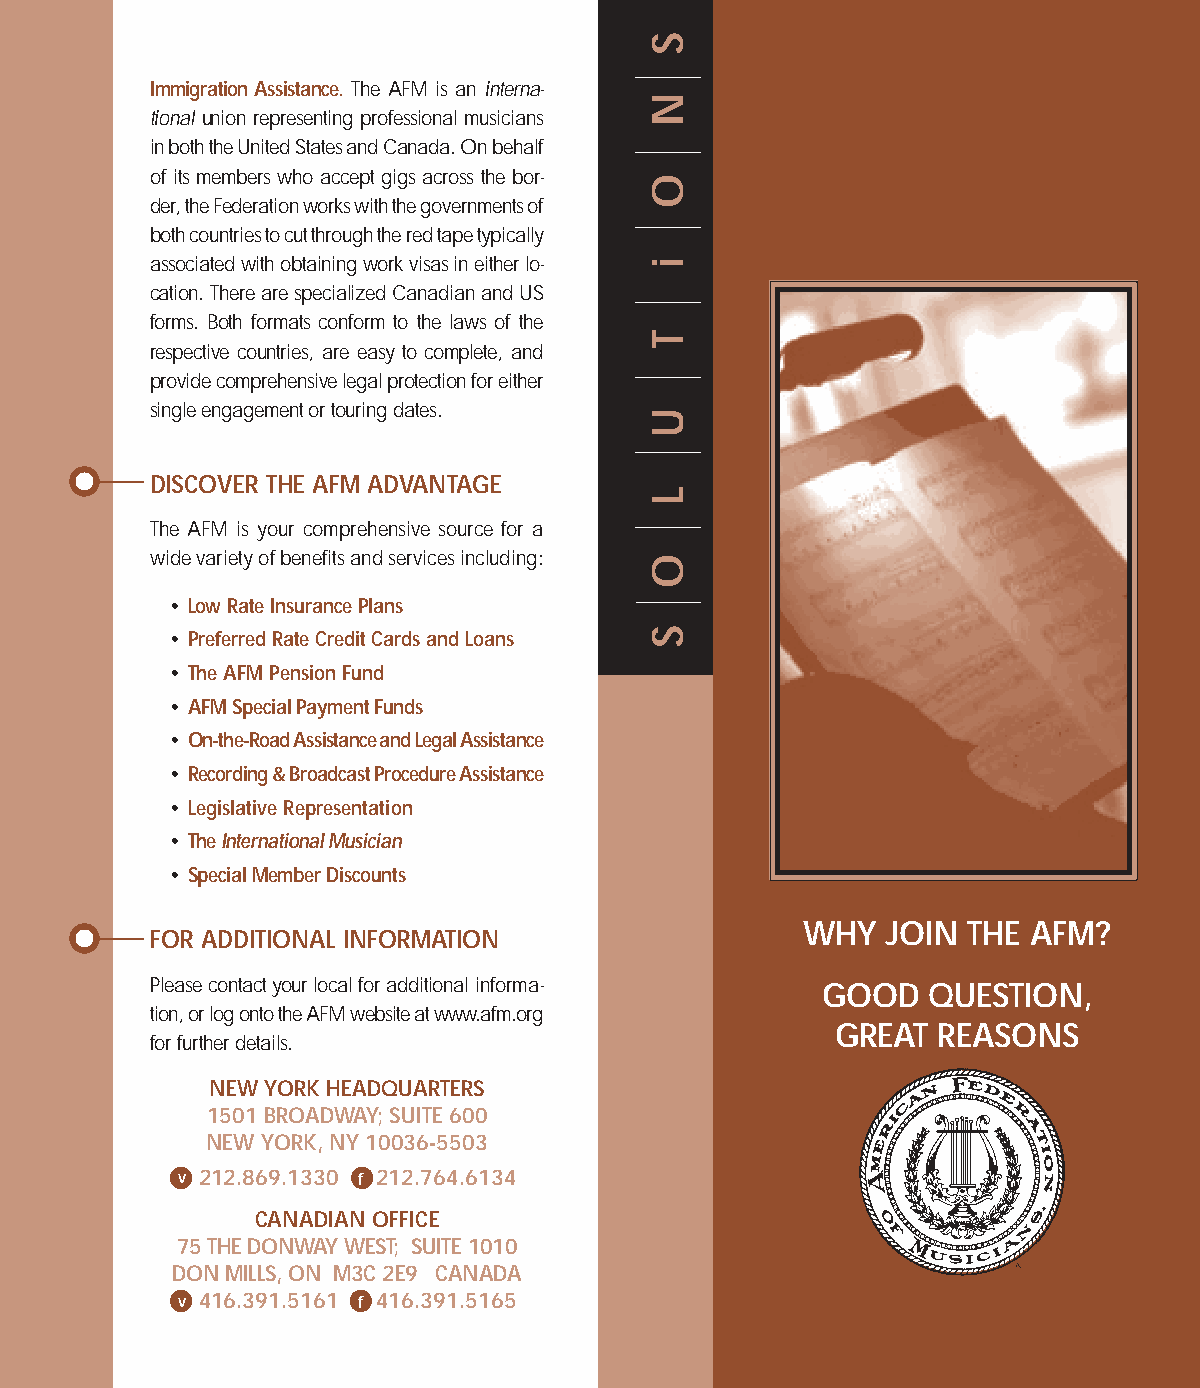
S
 Immigration Assistance. The AFM is an interna-
 N
 tional union representing professional musicians
 in both the United States and Canada. On behalf
 of its members who accept gigs across the bor- O
 der, the Federation works with the governments of
 both countries to cut through the red tape typically
 associated with obtaining work visas in either lo- i
 cation. There are specialized Canadian and US
 forms. Both formats conform to the laws of the
 T
 respective countries, are easy to complete, and
 provide comprehensive legal protection for either
 single engagement or touring dates.
 U
 DISCOVER THE AFM ADVANTAGE
 L
 The AFM is your comprehensive source for a
 wide variety of benefits and services including: O
 • Low Rate Insurance Plans
 • Preferred Rate Credit Cards and Loans S
 • The AFM Pension Fund
 • AFM Special Payment Funds
 • On-the-Road Assistance and Legal Assistance
 • Recording & Broadcast Procedure Assistance
 • Legislative Representation
 • The International Musician
 • Special Member Discounts
 WHY   JOIN THE AFM?
 FOR ADDITIONAL INFORMATION
 Please contact your local for additional informa- GOOD QUESTION,
 tion, or log onto the AFM website at www.afm.org
 GREAT  REASONS
 for further details.
 NEW YORK HEADQUARTERS
 1501 BROADWAY; SUITE 600
 NEW YORK, NY 10036-5503
 v 212.869.1330 f 212.764.6134
 CANADIAN OFFICE
 75 THE DONWAY WEST; SUITE 1010
 DON MILLS, ON M3C 2E9 CANADA
 v 416.391.5161 f 416.391.5165